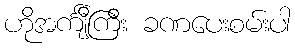
ဟိုအင်္ကျီကြီး ခဏပေးစမ်းပါ